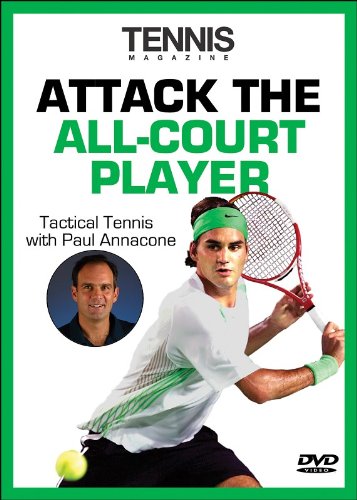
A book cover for Attack the All Court Player DVD (Tennis Magazine's Tactical Tennis); Paul Annacone; Sports & Outdoors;